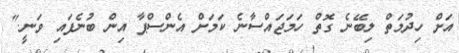
އަށް ހިދުމަތް ލިބޭނެ ގޮތް ހަމަޖައްސާނެ ކަމަށް އެންސްޕާ އިން ބުނެފައި ވަނީ."